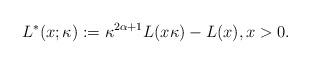
LaTeX: \begin{align*}L^*(x;\kappa) := \kappa^{2\alpha+1}L(x\kappa) - L(x), x>0.\end{align*}